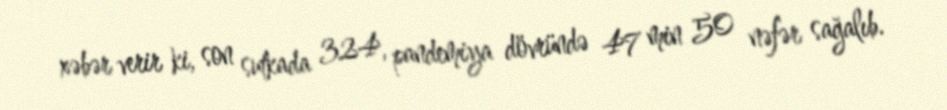
xəbər verir ki, son sutkada 324, pandemiya dövründə 47 min 50 nəfər sağalıb.